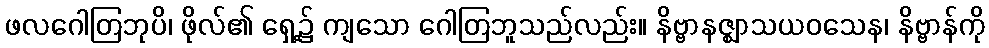
ဖလဂေါတြဘုပိ၊ ဖိုလ်၏ ရှေ့၌ ကျသော ဂေါတြဘူသည်လည်း။ နိဗ္ဗာနဇ္ဈာသယဝသေန၊ နိဗ္ဗာန်ကို